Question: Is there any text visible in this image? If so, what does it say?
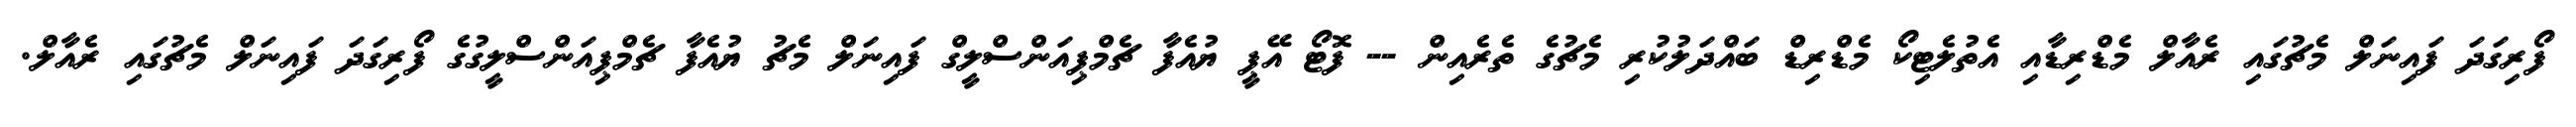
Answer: ފޯރިގަދަ ފައިނަލް މެޗުގައި ރެއާލް މެޑްރިޑާއި އެތުލެޓިކޯ މެޑްރިޑް ބައްދަލުކުރި މެޗުގެ ތެރެއިން -- ފޮޓޯ އޭޕީ ޔުއެފާ ޗެމްޕިއަންސްލީގް ފައިނަލް މެޗު ޔުއެފާ ޗެމްޕިއަންސްލީގުގެ ފޯރިގަދަ ފައިނަލް މެޗުގައި ރެއާލް.